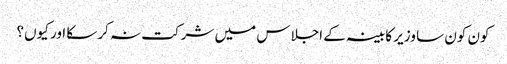
کون کون سا وزیر کابینہ کے اجلاس میں شرکت نہ کرسکا اور کیوں؟